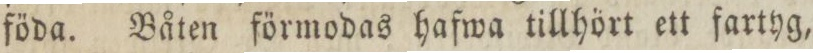
föda. Båten förmodas hafwa tillhört ett fartyg,